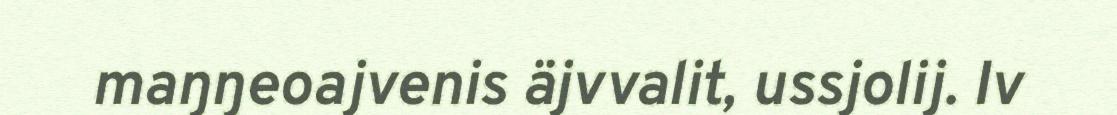
maŋŋeoajvenis äjvvalit, ussjolij. Iv